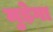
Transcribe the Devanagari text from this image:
मुड़ेगा